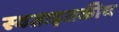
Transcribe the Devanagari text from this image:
स्वतःइतकीच